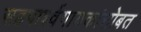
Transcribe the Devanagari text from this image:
सहपार्श्वगायकांसोबत